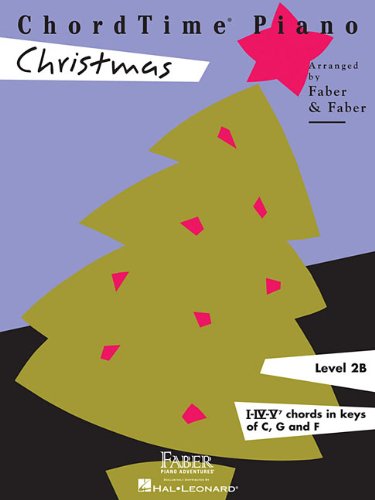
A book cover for ChordTimeÂ« Piano Christmas (Chordtime Piano, Level 2b, I-IV-V7 Chords in Keys of C, G and F); Nancy Faber; Humor & Entertainment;